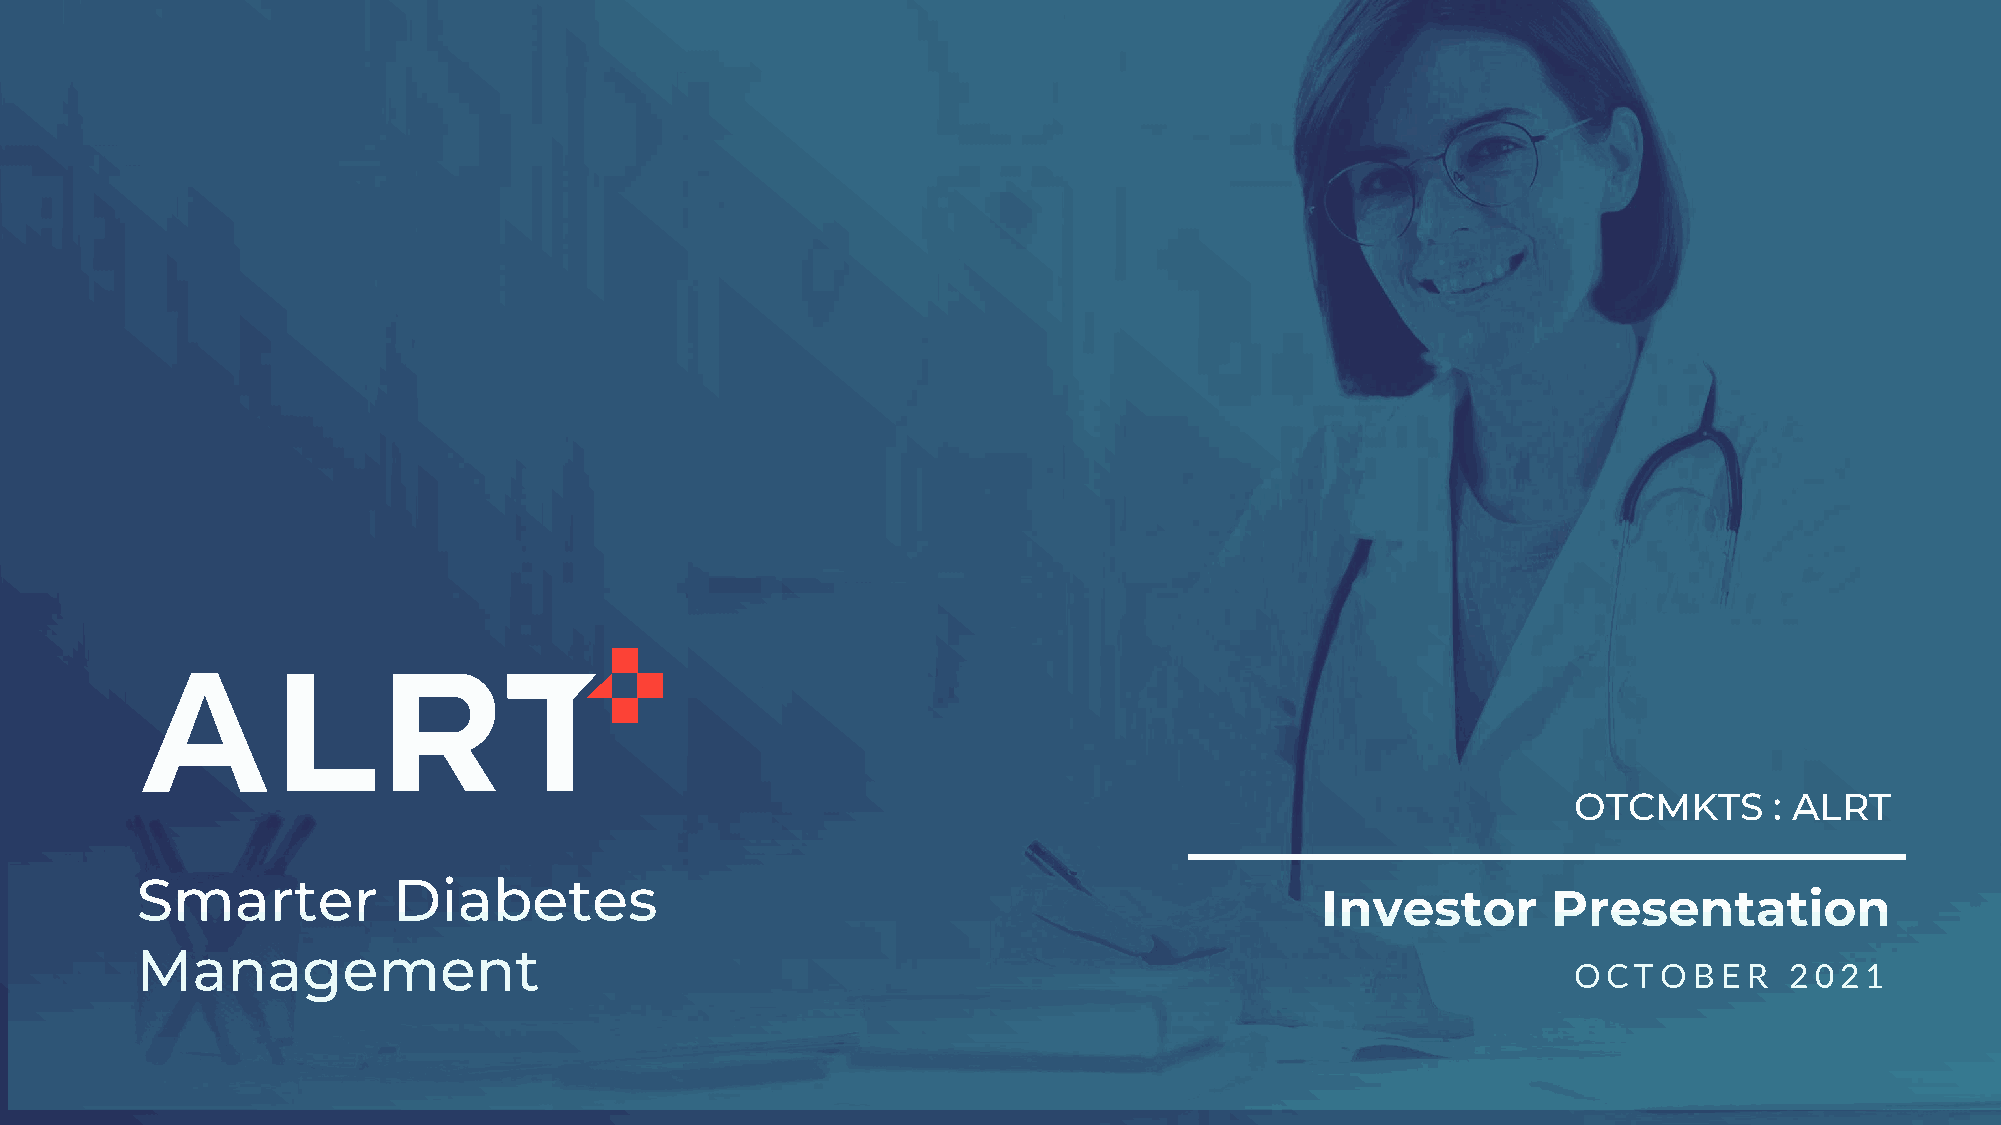
OTCMKTS      : ALRT
 Smarter          Diabetes
 Investor        Presentation
 Management
 OCTOB     ER  2021